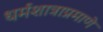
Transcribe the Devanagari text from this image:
धर्मशात्राप्रमाणे